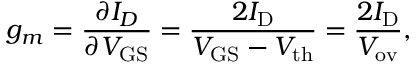
g _ { m } = { \frac { \partial I _ { D } } { \partial V _ { \mathrm { G S } } } } = { \frac { 2 I _ { \mathrm { D } } } { V _ { \mathrm { G S } } - V _ { \mathrm { t h } } } } = { \frac { 2 I _ { \mathrm { D } } } { V _ { \mathrm { o v } } } } ,